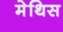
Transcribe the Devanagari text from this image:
मेथिस